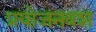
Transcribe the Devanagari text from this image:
प्रयोजनवश